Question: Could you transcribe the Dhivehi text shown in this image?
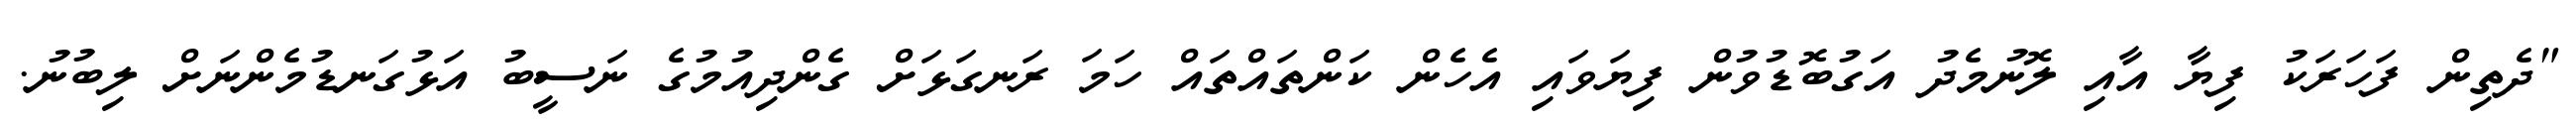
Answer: "ދެތިން ފަހަރަކު ފިޔާ އާއި ލޮނުމެދު އަގުބޮޑުވުން ފިޔަވައި އެހެން ކަންތައްތައް ހަމަ ރަނގަޅަށް ގެންދިއުމުގެ ނަސީބު އަޅުގަނޑުމެންނަށް ލިބުނު.